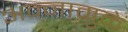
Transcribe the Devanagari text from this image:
अन्नामुळे